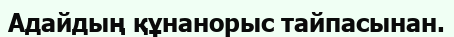
Адайдың құнанорыс тайпасынан.